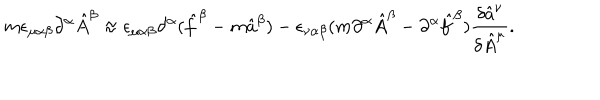
m \epsilon _ { \mu \alpha \beta } \partial ^ { \alpha } \hat { A } ^ { \beta } \approx \epsilon _ { \mu \alpha \beta } \partial ^ { \alpha } ( \hat { f } ^ { \beta } - m \hat { a } ^ { \beta } ) - \epsilon _ { \nu \alpha \beta } ( m \partial ^ { \alpha } \hat { A } ^ { \beta } - \partial ^ { \alpha } \hat { f } ^ { \beta } ) \frac { \delta \hat { a } ^ { \nu } } { \delta \hat { A } ^ { \mu } } .